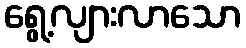
ရွေ့လျားလာသော